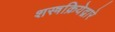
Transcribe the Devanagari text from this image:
शस्त्रक्रियेद्वारे